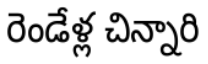
రెండేళ్ల చిన్నారి